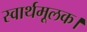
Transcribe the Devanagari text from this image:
स्वार्थमूलक।